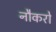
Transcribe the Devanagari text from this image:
नौकरो